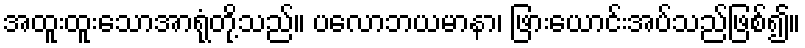
အထူးထူးသောအာရုံတို့သည်။ ပလောဘယမာနာ၊ ဖြားယောင်းအပ်သည်ဖြစ်၍။